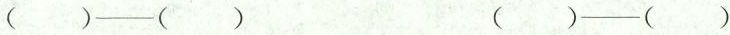
()—() ()—()